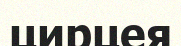
цирцея